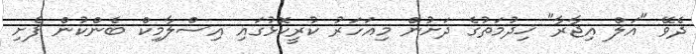
ދެވޭ "އަލް އިޖާރާ" ޚިދުމަތުގެ ދަށުން މިއަހަރު ކުރީކޮޅުގައި އިސްލާމިކް ބެންކުން ފެށި